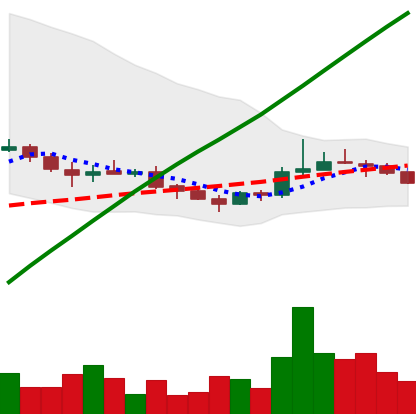
Ticker: LINK-USD
Chart end date: 2019-08-08
Forward return: 5.417%
Label: up_5_7